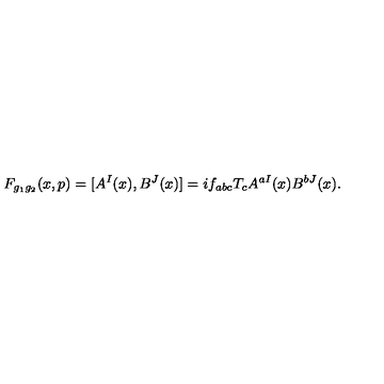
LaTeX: F _ { g _ { 1 } g _ { 2 } } ( x , p ) = [ A ^ { I } ( x ) , B ^ { J } ( x ) ] = i f _ { a b c } T _ { c } A ^ { a I } ( x ) B ^ { b J } ( x ) .